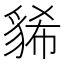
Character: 𧳐